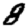
Digit: 8